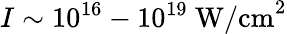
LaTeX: I\sim 10^{16}-10^{19}\ \textrm{W/cm}^{2}